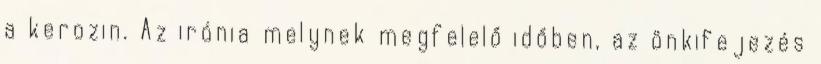
a kerozin. Az irónia melynek megfelelő időben, az önkifejezés